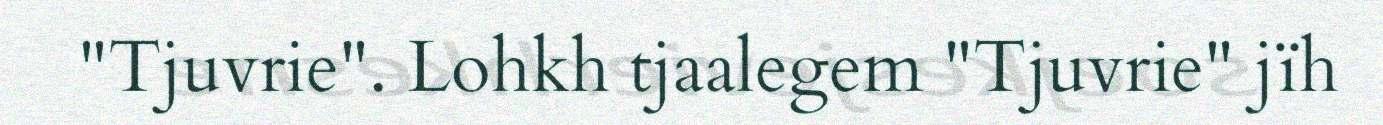
"Tjuvrie". Lohkh tjaalegem "Tjuvrie" jïh